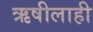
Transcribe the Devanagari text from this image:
ऋषीलाही